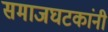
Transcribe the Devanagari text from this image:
समाजघटकांनी